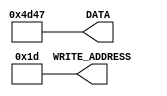
module test_constants_spi(DATA,WRITE_ADDRESS);
output [15:0] DATA;
output [17:0] WRITE_ADDRESS;
parameter dat= 15'b0100110101000111;
parameter address = 18'b000000000000011101;

assign DATA=dat;
assign WRITE_ADDRESS=address;

endmodule